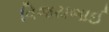
વિજયભાઈ